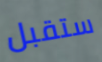
ستقبل